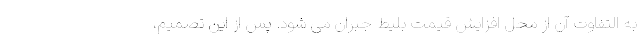
به التفاوت آن از محل افزایش قیمت بلیط جبران می شود. پس از این تصمیم،